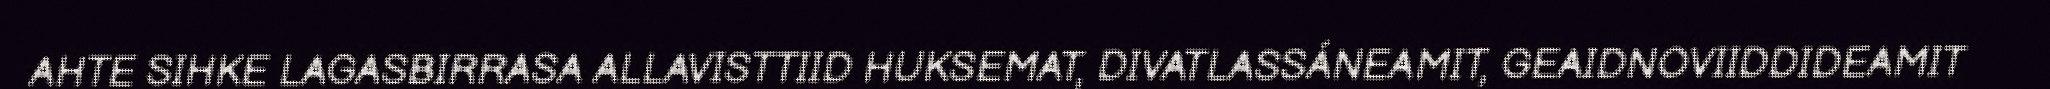
AHTE SIHKE LAGASBIRRASA ALLAVISTTIID HUKSEMAT, DIVATLASSÁNEAMIT, GEAIDNOVIIDDIDEAMIT